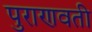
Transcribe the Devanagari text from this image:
पुराणवती